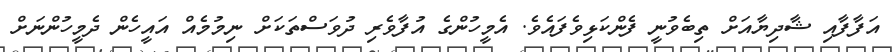
އަފާފާއި ޝާދިޔާއަށް ތިބެވުނީ ފެންކަޅިވެފައެވެ. އެމީހުންގެ އުފާވެރި ދުވަސްތަކަށް ނިމުމެއް އައީހެން ދެމީހުންނަށް